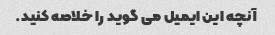
آنچه این ایمیل می گوید را خلاصه کنید.